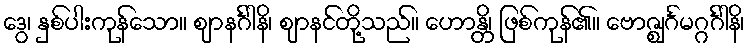
ဒွေ၊ နှစ်ပါးကုန်သော။ ဈာနင်္ဂါနိ၊ ဈာနင်တို့သည်။ ဟောန္တိ၊ ဖြစ်ကုန်၏။ ဗောဇ္ဈင်္ဂမဂ္ဂင်္ဂါနိ၊